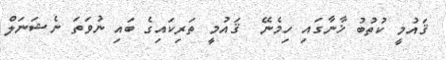
ޤައުމީ ކުތުބު ޚާނާގައި ހިމެނޭ  ޤައުމީ ތަރިކައިގެ ބައި ނުވަތަ ނެޝަނަލް